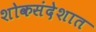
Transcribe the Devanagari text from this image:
शोकसंदेशात